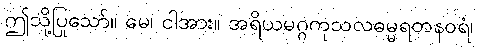
ဤသို့ပြုသော်။ မေ၊ ငါအား။ အရိယမဂ္ဂကုသလဓမ္မရတနဝရံ၊